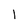
Character: l